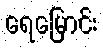
ရေမြောင်း